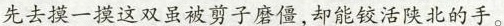
先去摸一摸这双虽被剪子磨僵，却能铰活陕北的手。